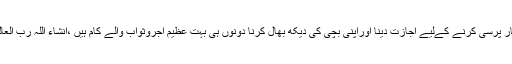
کیونکہ آپ کا اپنی بیوی کو بیمار والدہ کی بیمار پرسی کرنے کےلیے اجازت دینا اوراپنی بچی کی دیکھ بھال کرنا دونوں ہی بہت عظیم اجروثواب والے کام ہیں ،انشاء اللہ رب العالمین آپ کواس پر اجروثواب سے نوازیں گے ۔